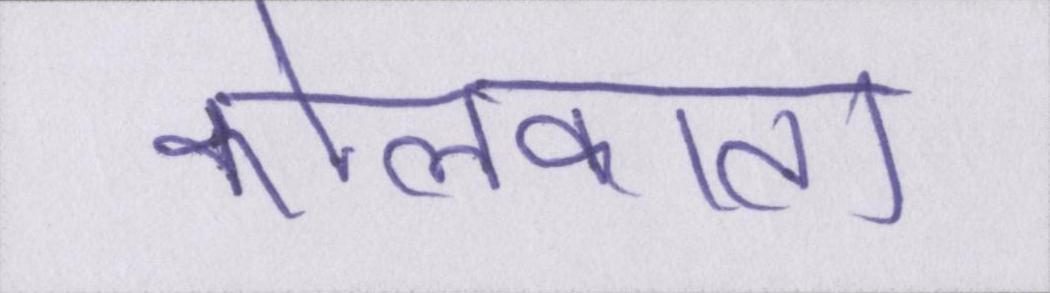
कोलकाता